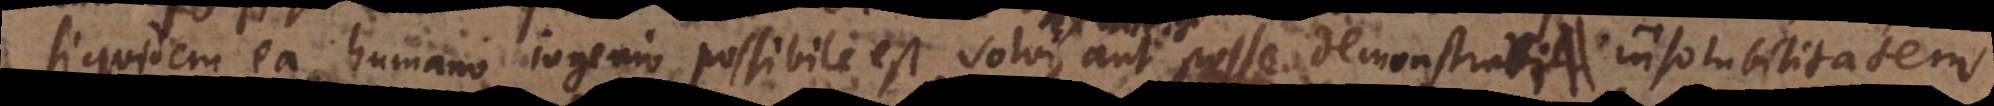
siquidem ea humano ingenio possibile est solvi aut posse demonstrari insolubilitatem